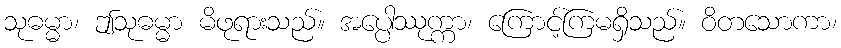
သုဓမ္မာ၊ ဤသုဓမ္မာ မိဖုရားသည်။ အပ္ပေါဿုက္ကာ၊ ကြောင့်ကြမရှိသည်။ ဝိတသောကာ၊